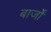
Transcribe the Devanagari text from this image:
बार्जों